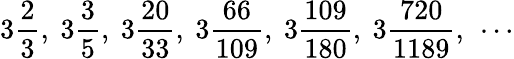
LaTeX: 3{\frac{2}{3}},\ 3{\frac{3}{5}},\ 3{\frac{20}{33}},\ 3{\frac{66}{109}},\ 3{\frac{109}{180}},\ 3{\frac{720}{1189}},\ \cdots